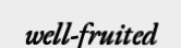
well-fruited